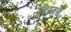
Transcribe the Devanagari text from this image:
बिस्मय